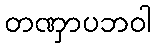
တဏှာပဘဝါ